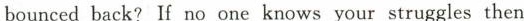
bounced back? If no one knows your struggles then